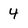
Character: 4